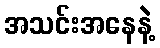
အသင်းအနေနဲ့